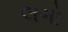
લગો